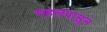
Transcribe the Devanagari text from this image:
महलपासून